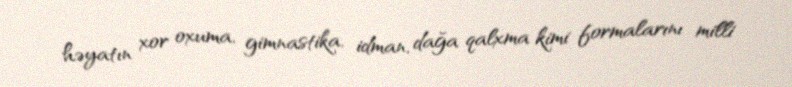
həyatın xor oxuma, gimnastika, idman, dağa qalxma kimi formalarını milli